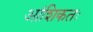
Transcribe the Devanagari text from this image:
आंशिकतः